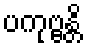
ပကုဗ္ဗန္တိ